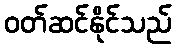
ဝတ်ဆင်နိုင်သည်